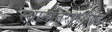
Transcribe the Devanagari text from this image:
स्थानांतरणशील